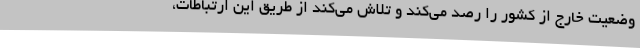
وضعیت خارج از کشور را رصد می‌کند و تلاش می‌کند از طریق این ارتباطات،